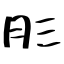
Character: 肜